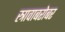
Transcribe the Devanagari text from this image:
स्त्रावाबरोबर